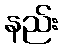
နည်း